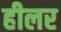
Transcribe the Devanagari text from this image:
हीलर